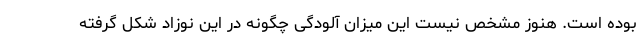
بوده است. هنوز مشخص نیست این میزان آلودگی چگونه در این نوزاد شکل گرفته